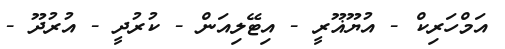
އަމްހަރިކް - އުޔޫޣޫރީ - އިޓޭލިއަން - ކުރުދީ - އުރުދޫ -